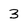
Character: 3